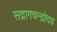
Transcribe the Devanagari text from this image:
सद्रागचन्द्रोदय